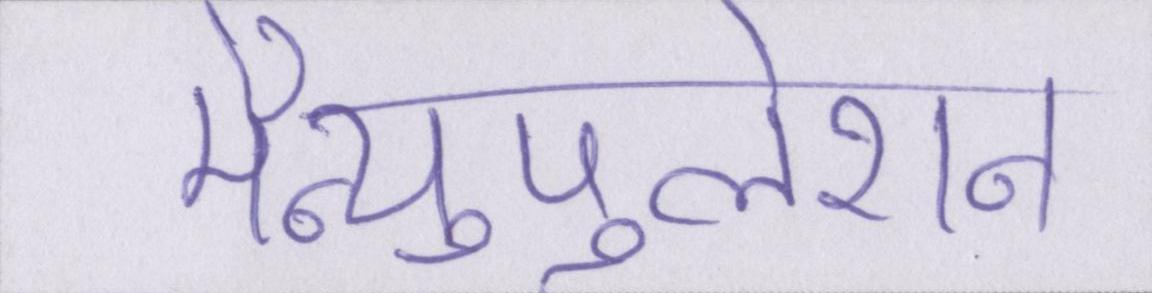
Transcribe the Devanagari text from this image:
मैन्युपुलेशन